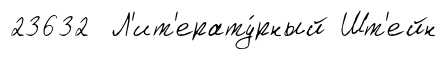
23632 Л'ит'ерату́рный Шт'ейн